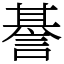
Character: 諅